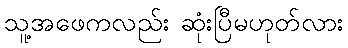
သူ့အဖေကလည်း ဆုံးပြီမဟုတ်လား